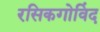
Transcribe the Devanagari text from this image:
रसिकगोविंद